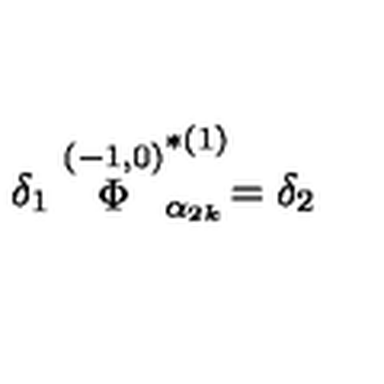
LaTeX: \delta _ { 1 } \stackrel { ( - 1 , 0 ) } { \Phi } _ { \alpha _ { 2 k } } ^ { * ( 1 ) } = \delta _ { 2 }